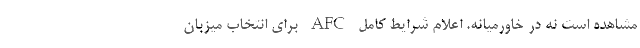
مشاهده است نه در خاورمیانه. اعلام شرایط کامل AFC برای انتخاب میزبان